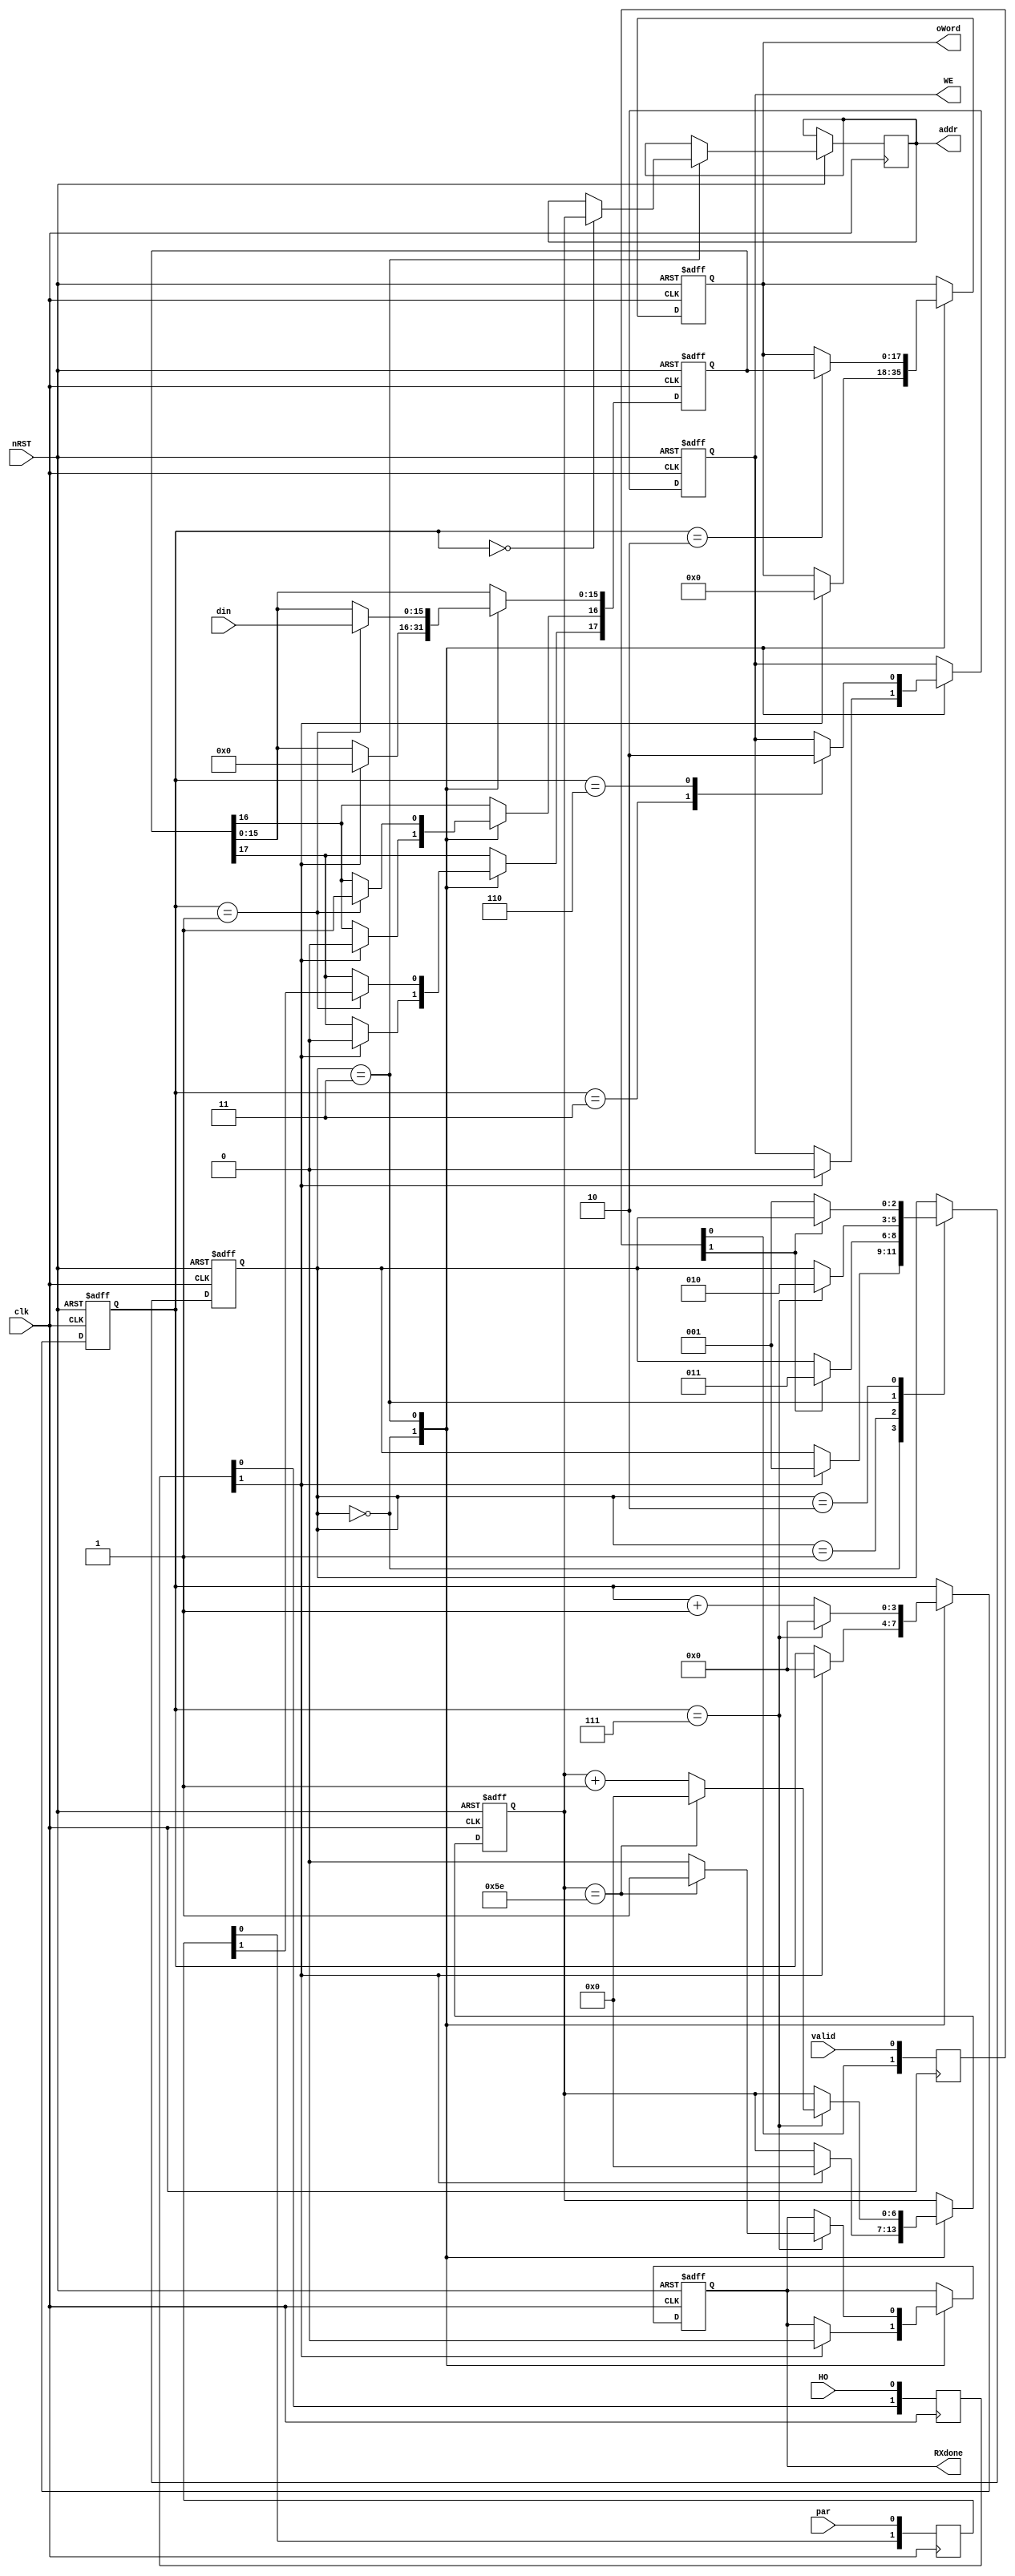
module wrmem(clk, din, valid, par, nRST, HO, oWord, addr, WE, RXdone);
input clk;
input valid;
input par;
input [15:0] din;
input nRST;
input HO;
output reg [6:0] addr;
output reg [17:0] oWord;
output reg WE;
reg [6:0] cntVal;
output reg RXdone;
reg [3:0] wr;
reg [2:0] state;
reg [17:0] temp;
`define HOSYNCH 0
`define WAITVAL 1
`define VALIDDONE 2
`define WRMEM 3
`define CNTVALID 4
reg [1:0] synchPar;
reg [1:0] synchHO;
reg [1:0] synchVal;


always@(posedge clk)
begin
	synchHO[1:0] <= {synchHO[0], HO};
	synchPar[1:0] <= {synchPar[0], par};
	synchVal[1:0] <= {synchVal[0], valid};
end

always@(posedge clk or negedge nRST)
begin
	if(~nRST)
	begin
		cntVal <= 0;
		state <= 0;
		RXdone <= 0;
		wr <= 0;
		temp <= 0;
		oWord <= 0;
		WE <= 0;
	end  
	else
	case(state)
		`HOSYNCH:
			if(synchHO[1]) begin
				cntVal <= 0;
				RXdone <= 0;
				wr <= 0;
				temp <= 0;
				oWord <= 0;
				WE <= 0;
				state <= `WAITVAL;
			end
		`WAITVAL:
		begin
			if(synchVal[1])
				state <= `WRMEM;
		end
		`WRMEM:
		begin
			wr <= wr + 1'b1;
			case(wr)
				0: addr <= cntVal;
				1: begin 
					temp[17] <= synchPar[1];
					temp[16] <= 1;
					temp[15:0] <= din[15:0];
				end
				2: oWord[17:0] <= temp[17:0];
				3: WE <= 1;
				6: WE <= 0;
				7: begin
					cntVal <= cntVal + 1'b1;
					RXdone <= 0;
					if (cntVal == 94) begin	
						cntVal <= 0;
						RXdone <= 1;
						state <= `HOSYNCH;
					end
					state <= `VALIDDONE;
					wr <= 0;
				end
			endcase
		end
		`VALIDDONE:
		begin
			if(~synchVal[1])
				state <= `WAITVAL;
		end
	endcase
end
endmodule